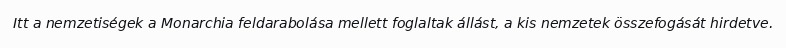
Itt a nemzetiségek a Monarchia feldarabolása mellett foglaltak állást, a kis nemzetek összefogását hirdetve.